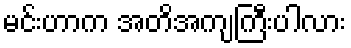
မင်းဟာက အတိအကျကြီးပါလား